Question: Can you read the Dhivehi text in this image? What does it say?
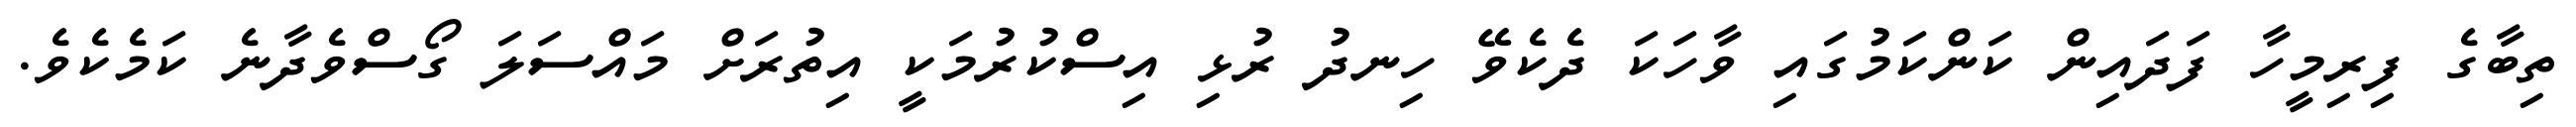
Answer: ތިބާގެ ފިރިމީހާ ފަދައިން ކަންކަމުގައި ވާހަކަ ދެކެވޭ ހިނދު ރުޅި އިސްކުރުމަކީ އިތުރަށް މައްސަލަ ގޯސްވެދާނެ ކަމެކެވެ.